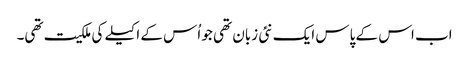
اب اس کے پاس ایک نئی زبان تھی جو اُس کے اکیلے کی ملکیت تھی۔